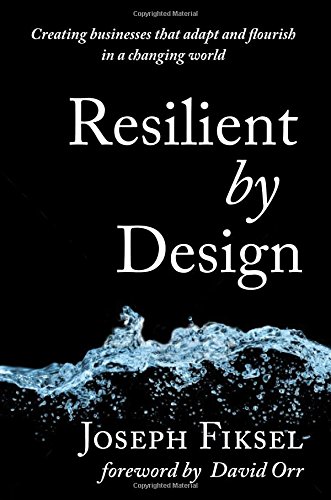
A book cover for Resilient by Design: Creating Businesses That Adapt and Flourish in a Changing World; Dr. Joseph Fiksel; Business & Money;